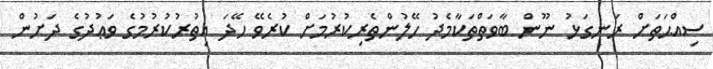
ސިއްޙަތަށް ރަނގަޅު ނޫން ބާވަތްތަކާމެދު ހޭލުންތެރިކުރުމަށް ކުރެވޭ ހޭދަ އިތުރުކުރުމުގެ ވަޢުދުގެ ދަށުން